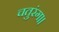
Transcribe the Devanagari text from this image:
चतुरंग।।